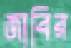
জাবির